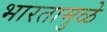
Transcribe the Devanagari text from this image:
भारतामुळे